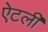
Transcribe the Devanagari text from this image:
ऐटली